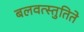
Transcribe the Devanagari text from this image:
बलवत्स्तुतिते